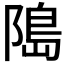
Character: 﨩